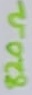
Text: 820Ω